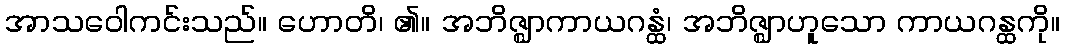
အာသဝေါကင်းသည်။ ဟောတိ၊ ၏။ အဘိဇ္ဈာကာယဂန္ထံ၊ အဘိဇ္ဈာဟူသော ကာယဂန္ထကို။